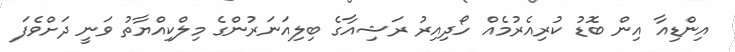
އިންޑިއާ އިން ބޮޑު ކުރިއެރުމެއް ހޯދިއިރު ރަޝިއާގެ ބިލިއަނަރުންގެ މިލްކިއްޔާތު ވަނީ ދަށްވެފަ